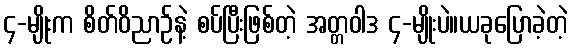
၄-မျိုးက စိတ်ဝိညာဉ်နဲ့ စပ်ပြီးဖြစ်တဲ့ အတ္တဝါဒ ၄-မျိုးပဲ။ယခုပြောခဲ့တဲ့